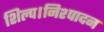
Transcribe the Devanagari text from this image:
शिल्प।निश्पादन